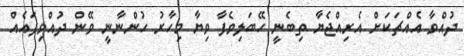
ދުއްވާ އެއްޗަކަށް އެރިއްޖެޔާ ތިބެނީ ހޭބަލިވެފާ ވިޔާ މިހާރު ހުންނާނީ ވޭން ދުއްވިފައެއް